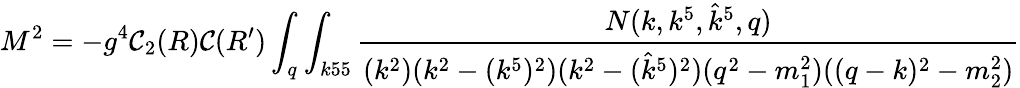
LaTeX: M^{2}=-g^{4}\mathcal{C}_{2}(R)\mathcal{C}(R^{\prime})\int_{q}\int_{k55}{\frac{{N(k,k^{5},{\hat{{k}}}^{5},q)}}{{(k^{2})(k^{2}-(k^{5})^{2})(k^{2}-({\hat{{k}}}^{5})^{2})(q^{2}-m_{1}^{2})((q-k)^{2}-m_{2}^{2})}}}